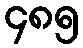
၄၈၅